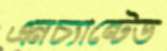
এনচ্যান্টেড